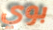
بوي